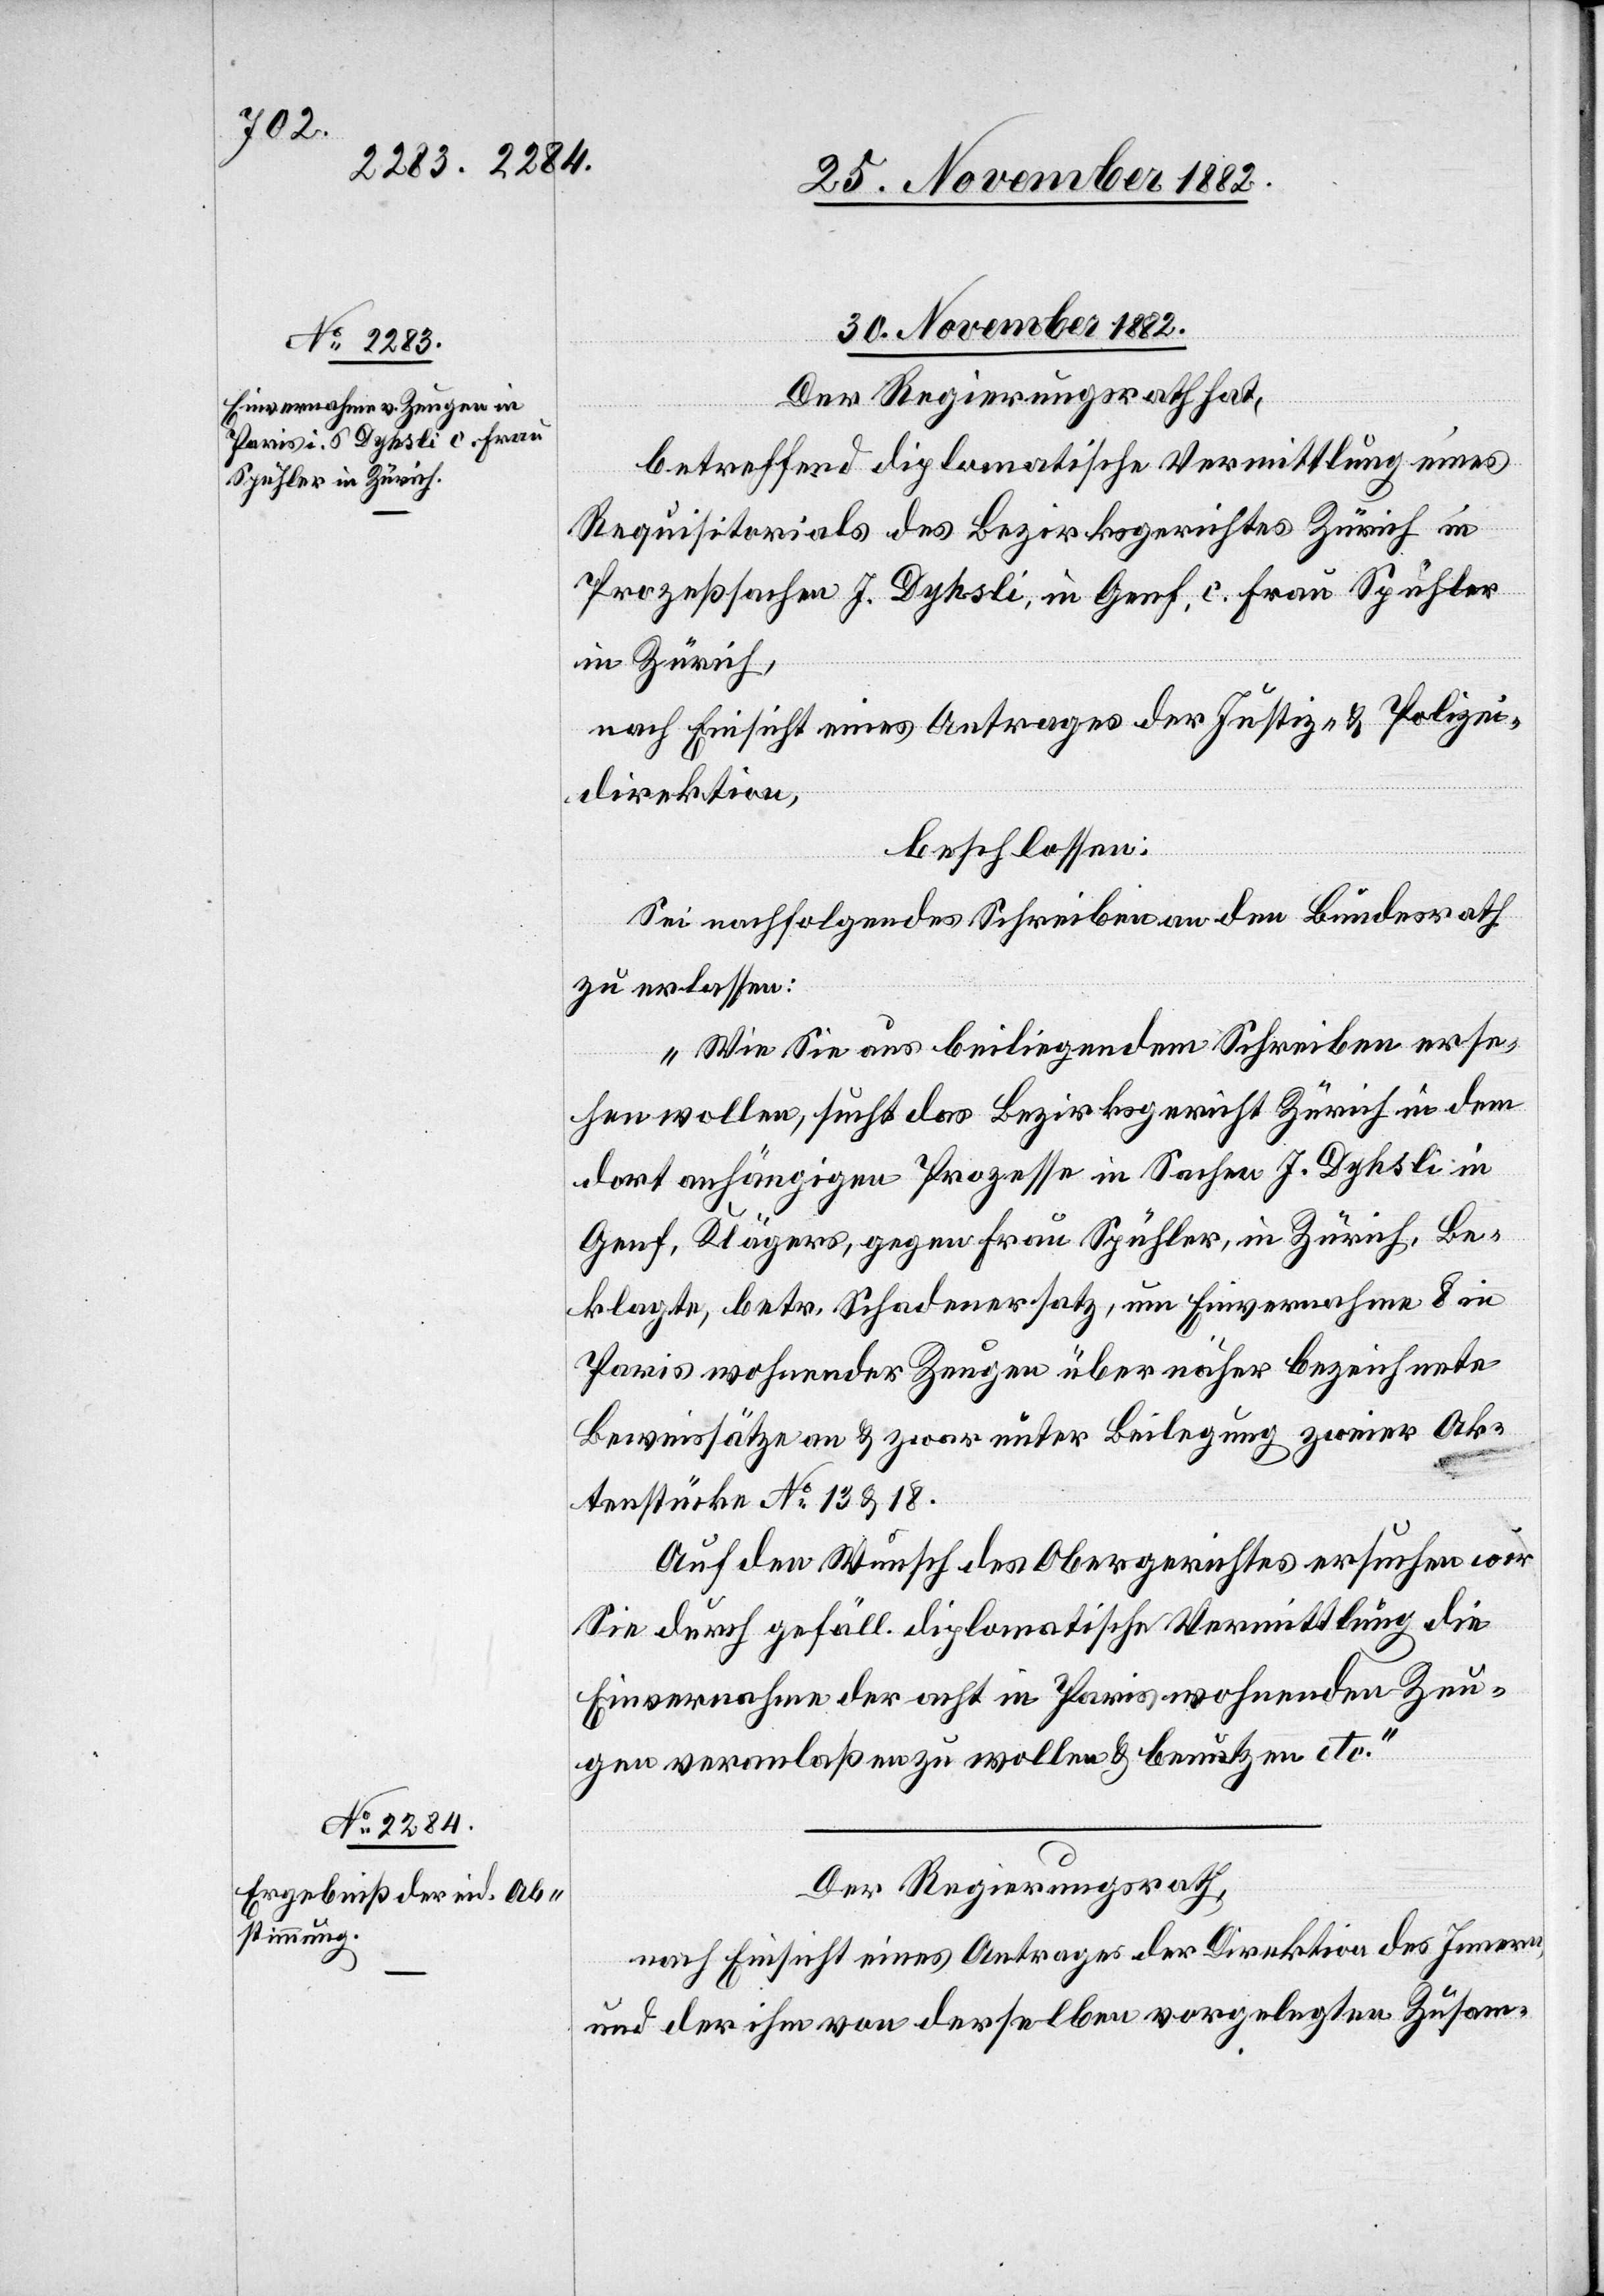
30. November 1882.]
Der Regierungsrath hat,
betreffend diplomatische Vermittlung eines
Requisitorials des Bezirksgerichtes Zürich in
Prozeßsachen J. Dyhsli, in Genf, c. Frau Spühler
in Zürich,
nach Einsicht eines Antrages der Justiz- & Polizei¬
direktion,
beschlossen:
Sei nachfolgendes Schreiben an den Bundesrath
zu erlassen:
„Wie Sie aus beiliegendem Schreiben erse¬
hen wollen, sucht das Bezirksgericht Zürich in dem
dort anhängigen Prozesse in Sachen J. Dyhsli in
Genf, Klägers, gegen Frau Spühler, in Zürich, Be¬
klagte, betr. Schadenersatz, um Einvernahme 8 in
Paris wohnender Zeugen über näher bezeichnete
Beweissätze an & zwar unter Beilegung zweier Ak¬
tenstücke No 13 & 18.
Auf den Wunsch des Obergerichtes ersuchen wir
Sie durch gefäll. diplomatische Vermittlung die
Einvernahme der acht in Paris wohnenden Zeu¬
gen veranlaßen zu wollen & benützen etc.“
Der Regierungsrath,
nach Einsicht eines Antrages der Direktion des Innern,
und der ihm von derselben vorgelegten Zusam-